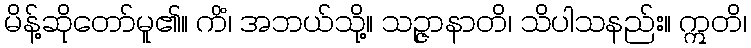
မိန့်ဆိုတော်မူ၏။ ကိံ၊ အဘယ်သို့။ သဉ္ဇာနာတိ၊ သိပါသနည်း။ ဣတိ၊